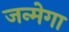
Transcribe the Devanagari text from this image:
जन्मेगा